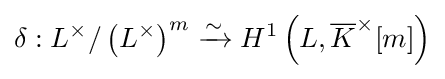
\delta :L^{\times }/\left(L^{\times }\right)^{m}\xrightarrow {\sim } H^{1}\left(L,{\overline {K}}^{\times }[m]\right)